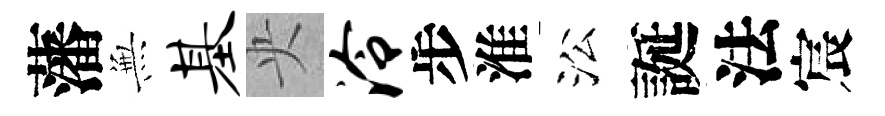
藩𭴾基央泠步淮㳂誕法宸